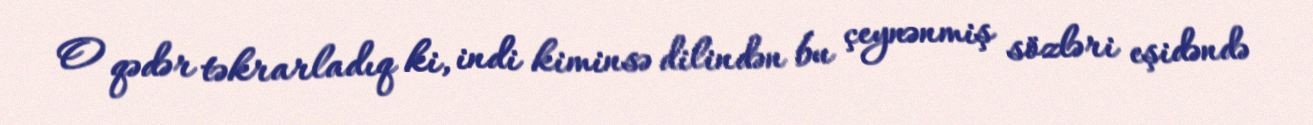
O qədər təkrarladıq ki, indi kiminsə dilindən bu çeynənmiş sözləri eşidəndə